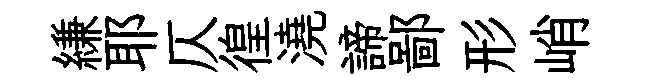
縑耶仄徨澆諦鄙形峭